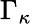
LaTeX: \Gamma_{\kappa}